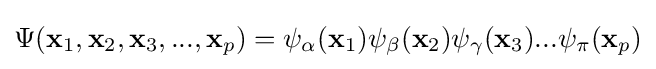
\Psi (\mathbf {x} _{1},\mathbf {x} _{2},\mathbf {x} _{3},...,\mathbf {x} _{p})=\psi _{\alpha }(\mathbf {x} _{1})\psi _{\beta }(\mathbf {x} _{2})\psi _{\gamma }(\mathbf {x} _{3})...\psi _{\pi }(\mathbf {x} _{p})